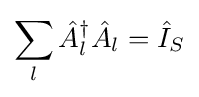
\sum _{l}{\hat {A}}_{l}^{\dagger }{\hat {A}}_{l}={\hat {I}}_{S}